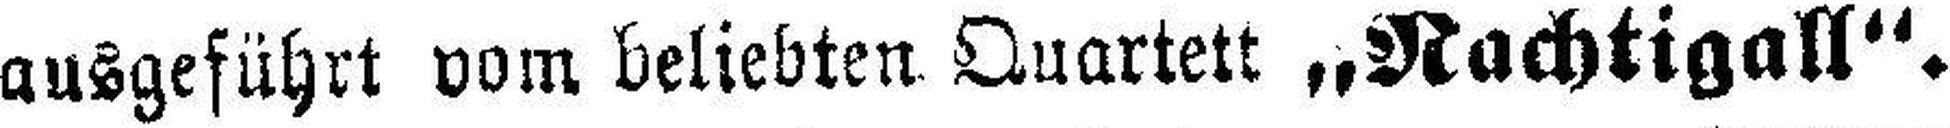
ausgeführt vom beliebten Quartett „Nachtigall“.